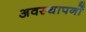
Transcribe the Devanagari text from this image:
अवस्थापनों